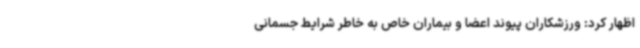
اظهار کرد: ورزشکاران پیوند اعضا و بیماران خاص به خاطر شرایط جسمانی